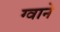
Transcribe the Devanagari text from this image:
ग्वाने